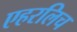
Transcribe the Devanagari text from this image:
एहरलिच